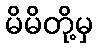
မိမိတို့မှ